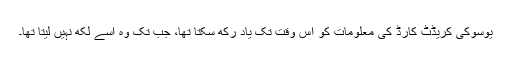
یوسوکی کریڈٹ کارڈ کی معلومات کو اس وقت تک یاد رکھ سکتا تھا، جب تک وہ اسے لکھ نہیں لیتا تھا۔